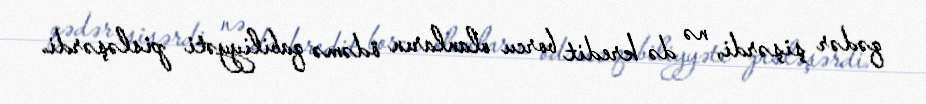
qədər şişərdi, nə də kredit borcu olanların ödəmə qabiliyyəti pisləşərdi.